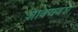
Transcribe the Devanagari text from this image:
शाक्यवंश